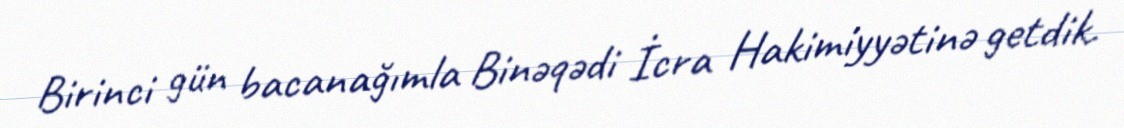
Birinci gün bacanağımla Binəqədi İcra Hakimiyyətinə getdik.